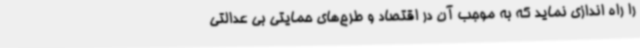
را راه اندازی نماید که به موجب آن در اقتصاد و طرح‌های حمایتی بی عدالتی